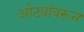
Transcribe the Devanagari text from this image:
ओट्यांवरून